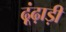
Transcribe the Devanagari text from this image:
ढ़ूंढ़ाड़ी